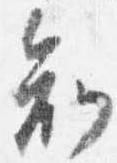
知